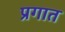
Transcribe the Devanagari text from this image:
प्रगात